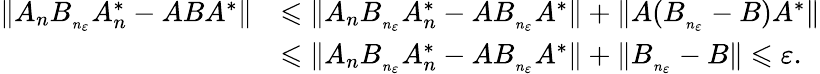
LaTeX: \begin{array}{rl}{\| A_{n}B_{_{n_{\varepsilon}}}A_{n}^{*}-ABA^{*}\| }&{\leqslant\| A_{n}B_{_{n_{\varepsilon}}}A_{n}^{*}-AB_{_{n_{\varepsilon}}}A^{*}\| +\| A(B_{_{n_{\varepsilon}}}-B)A^{*}\| }\\ &{\leqslant\| A_{n}B_{_{n_{\varepsilon}}}A_{n}^{*}-AB_{_{n_{\varepsilon}}}A^{*}\| +\| B_{_{n_{\varepsilon}}}-B\| \leqslant\varepsilon.}\end{array}